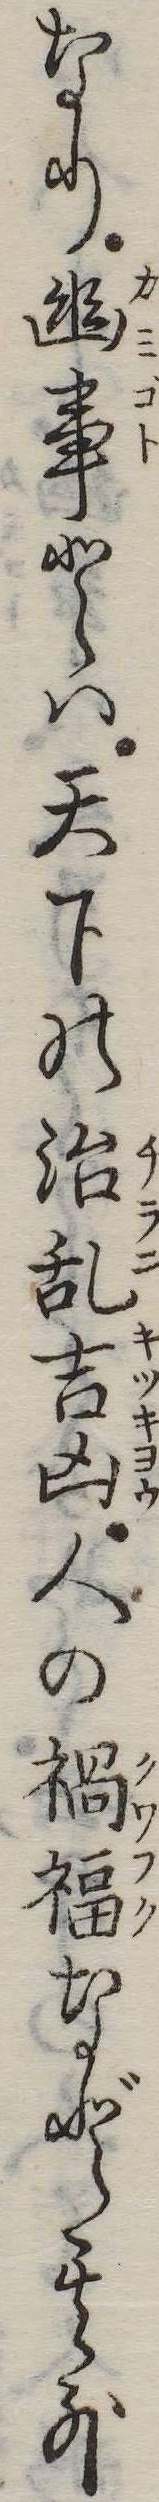
なり幽事とは天下の治乱吉凶人の禍福など其外